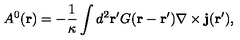
A ^ { 0 } ( { \bf r } ) = - \frac { 1 } { \kappa } \int d ^ { 2 } { \bf { r ^ { \prime } } } G ( { \bf r - r ^ { \prime } } ) { \bf \nabla } \times { \bf { j } } ( { \bf { r ^ { \prime } } } ) ,